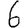
Digit: 6